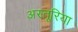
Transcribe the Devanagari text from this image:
अस्तूरिया